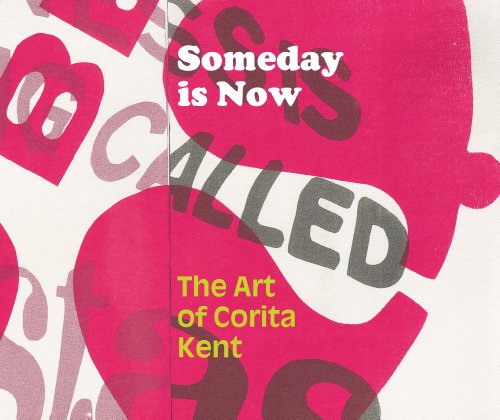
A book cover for Someday is Now: The Art of Corita Kent; Arts & Photography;